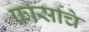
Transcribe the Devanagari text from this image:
फार्साचे